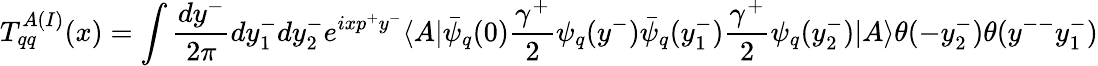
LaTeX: T_{qq}^{A(I)}(x)=\int\frac{dy^{-}}{2\pi}dy_{1}^{-}dy_{2}^{-}e^{ixp^{+}y^{-}}\langle A|\bar{\psi}_{q}(0)\frac{\gamma^{+}}{2}\psi_{q}(y^{-})\bar{\psi}_{q}(y_{1}^{-})\frac{\gamma^{+}}{2}\psi_{q}(y_{2}^{-})|A\rangle\theta(-y_{2}^{-})\theta(y^{--}y_{1}^{-})